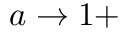
a \rightarrow 1 +